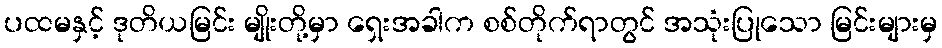
ပထမနှင့် ဒုတိယမြင်း မျိုးတို့မှာ ရှေးအခါက စစ်တိုက်ရာတွင် အသုံးပြုသော မြင်းများမှ